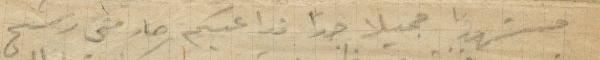
مشهدًا جميلًا جدًا فداعيكم صار مني رسج